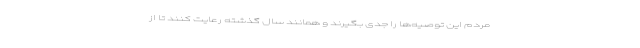
مردم این توصیه‌ها را جدی بگیرند و همانند سال گذشته رعایت کنند تا از